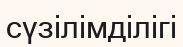
сүзілімділігі